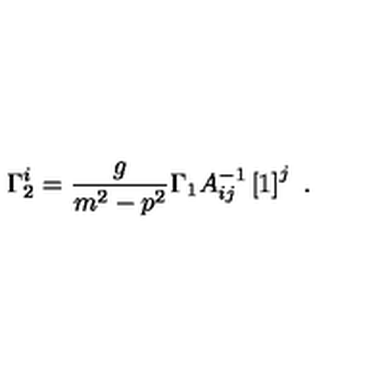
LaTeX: \Gamma _ { 2 } ^ { i } = \frac { g } { m ^ { 2 } - p ^ { 2 } } \Gamma _ { 1 } A _ { i j } ^ { - 1 } \left[ 1 \right] ^ { j } \ .